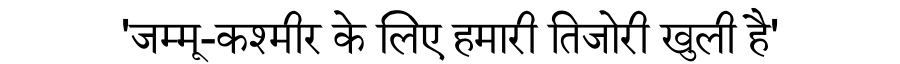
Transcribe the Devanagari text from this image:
'जम्मू-कश्मीर के लिए हमारी तिजोरी खुली है'